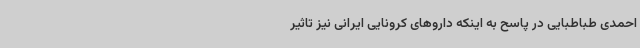
احمدی طباطبایی در پاسح به اینکه داروهای کرونایی ایرانی نیز تاثیر